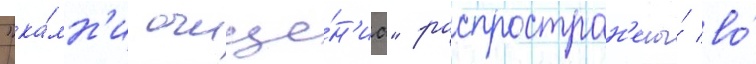
"ка́мн'и очище́н'иа" распростран'ены́ во́